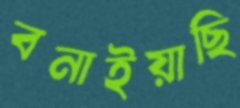
বনাইয়াছি